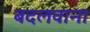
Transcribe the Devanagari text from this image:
बदलवाना